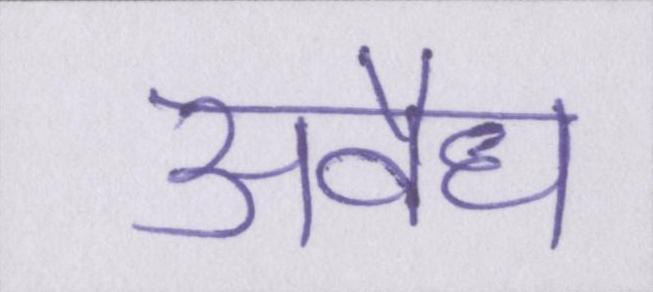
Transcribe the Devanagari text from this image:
अवैध